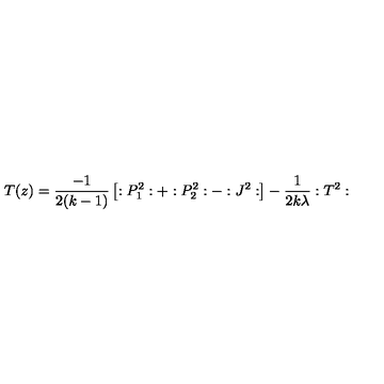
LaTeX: T ( z ) = \frac { - 1 } { 2 ( k - 1 ) } \left[ : P _ { 1 } ^ { 2 } : + : P _ { 2 } ^ { 2 } : - : J ^ { 2 } : \right] - \frac 1 { 2 k \lambda } : T ^ { 2 } :